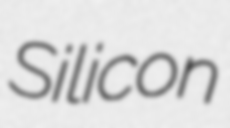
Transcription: Silicon